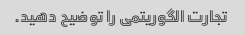
تجارت الگوریتمی را توضیح دهید.